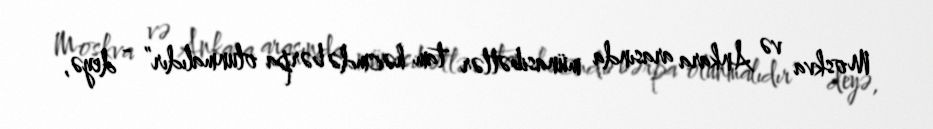
Moskva və Ankara arasında münasibətlər tam həcmdə bərpa olunmalıdır” - deyə,